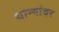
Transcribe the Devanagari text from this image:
धान्यांवर